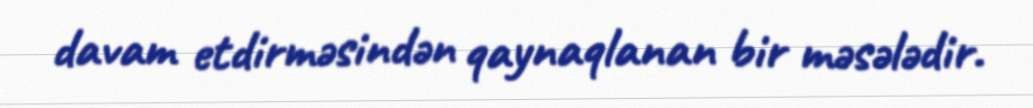
davam etdirməsindən qaynaqlanan bir məsələdir.